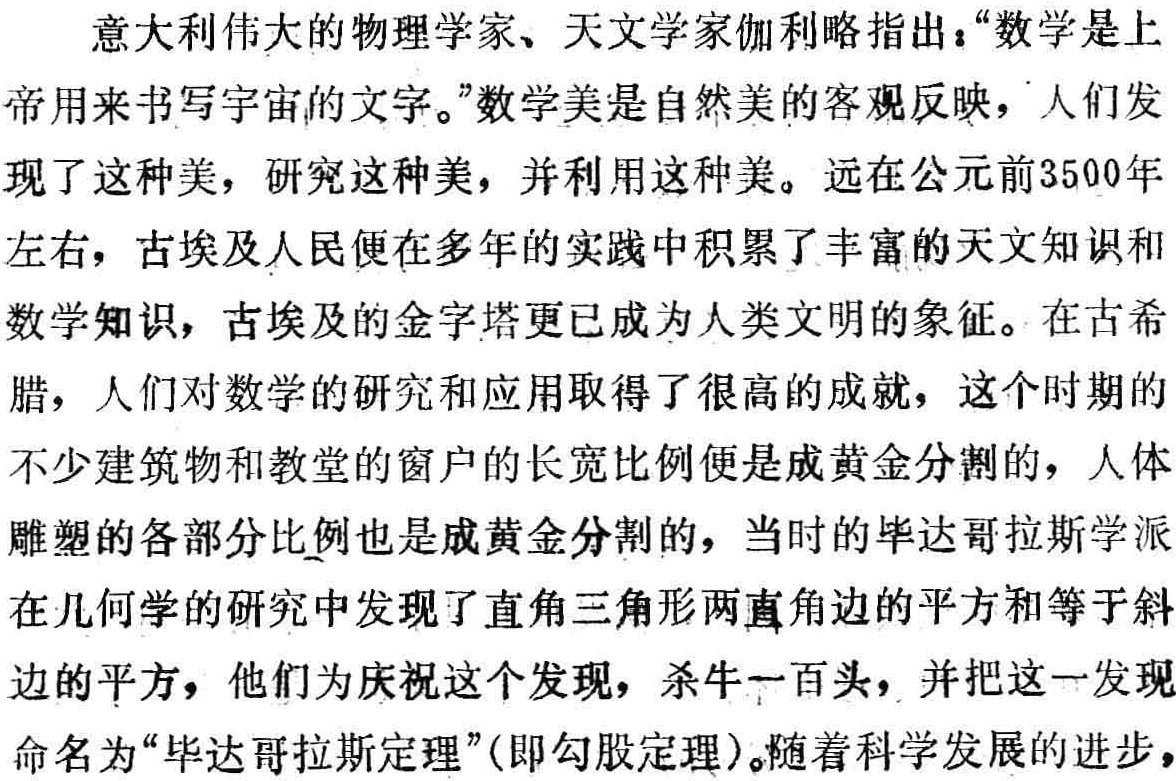
意大利伟大的物理学家、天文学家伽利略指出：“数学是上帝用来书写宇宙的文字。”数学美是自然美的客观反映，人们发现了这种美，研究这种美，并利用这种美。远在公元前3500年左右，古埃及人民便在多年的实践中积累了丰富的天文知识和数学知识，古埃及的金字塔更已成为人类文明的象征。在古希腊，人们对数学的研究和应用取得了很高的成就，这个时期的不少建筑物和教堂的窗户的长宽比例便是成黄金分割的，人体雕塑的各部分比例也是成黄金分割的，当时的毕达哥拉斯学派在几何学的研究中发现了直角三角形两直角边的平方和等于斜边的平方，他们为庆祝这个发现，杀牛一百头，并把这一发现命名为“毕达哥拉斯定理”(即勾股定理)。随着科学发展的进步，